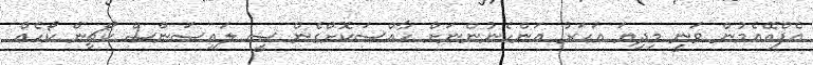
އެފްއޭއެމުން ވަނީ މިދިޔަ އަހަރު އަންހެނުންނަށް ހާއްސަކޮށްގެން ސީ ލައިސަންސް ކޯޗިން ކޯހެއް